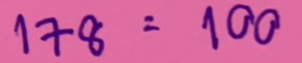
178 = 100